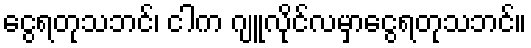
ငွေရတုသဘင်၊ ငါက ဂျူလိုင်လမှာငွေရတုသဘင်။